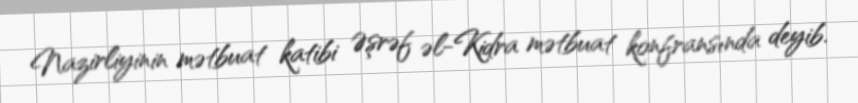
Nazirliyinin mətbuat katibi Əşrəf əl-Kidra mətbuat konfransında deyib.